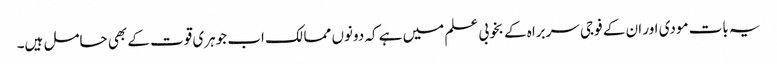
یہ بات مودی اور ان کے فوجی سربراہ کے بخوبی علم میں ہے کہ دونوں ممالک اب جوہری قوت کے بھی حامل ہیں۔